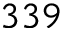
3 3 9